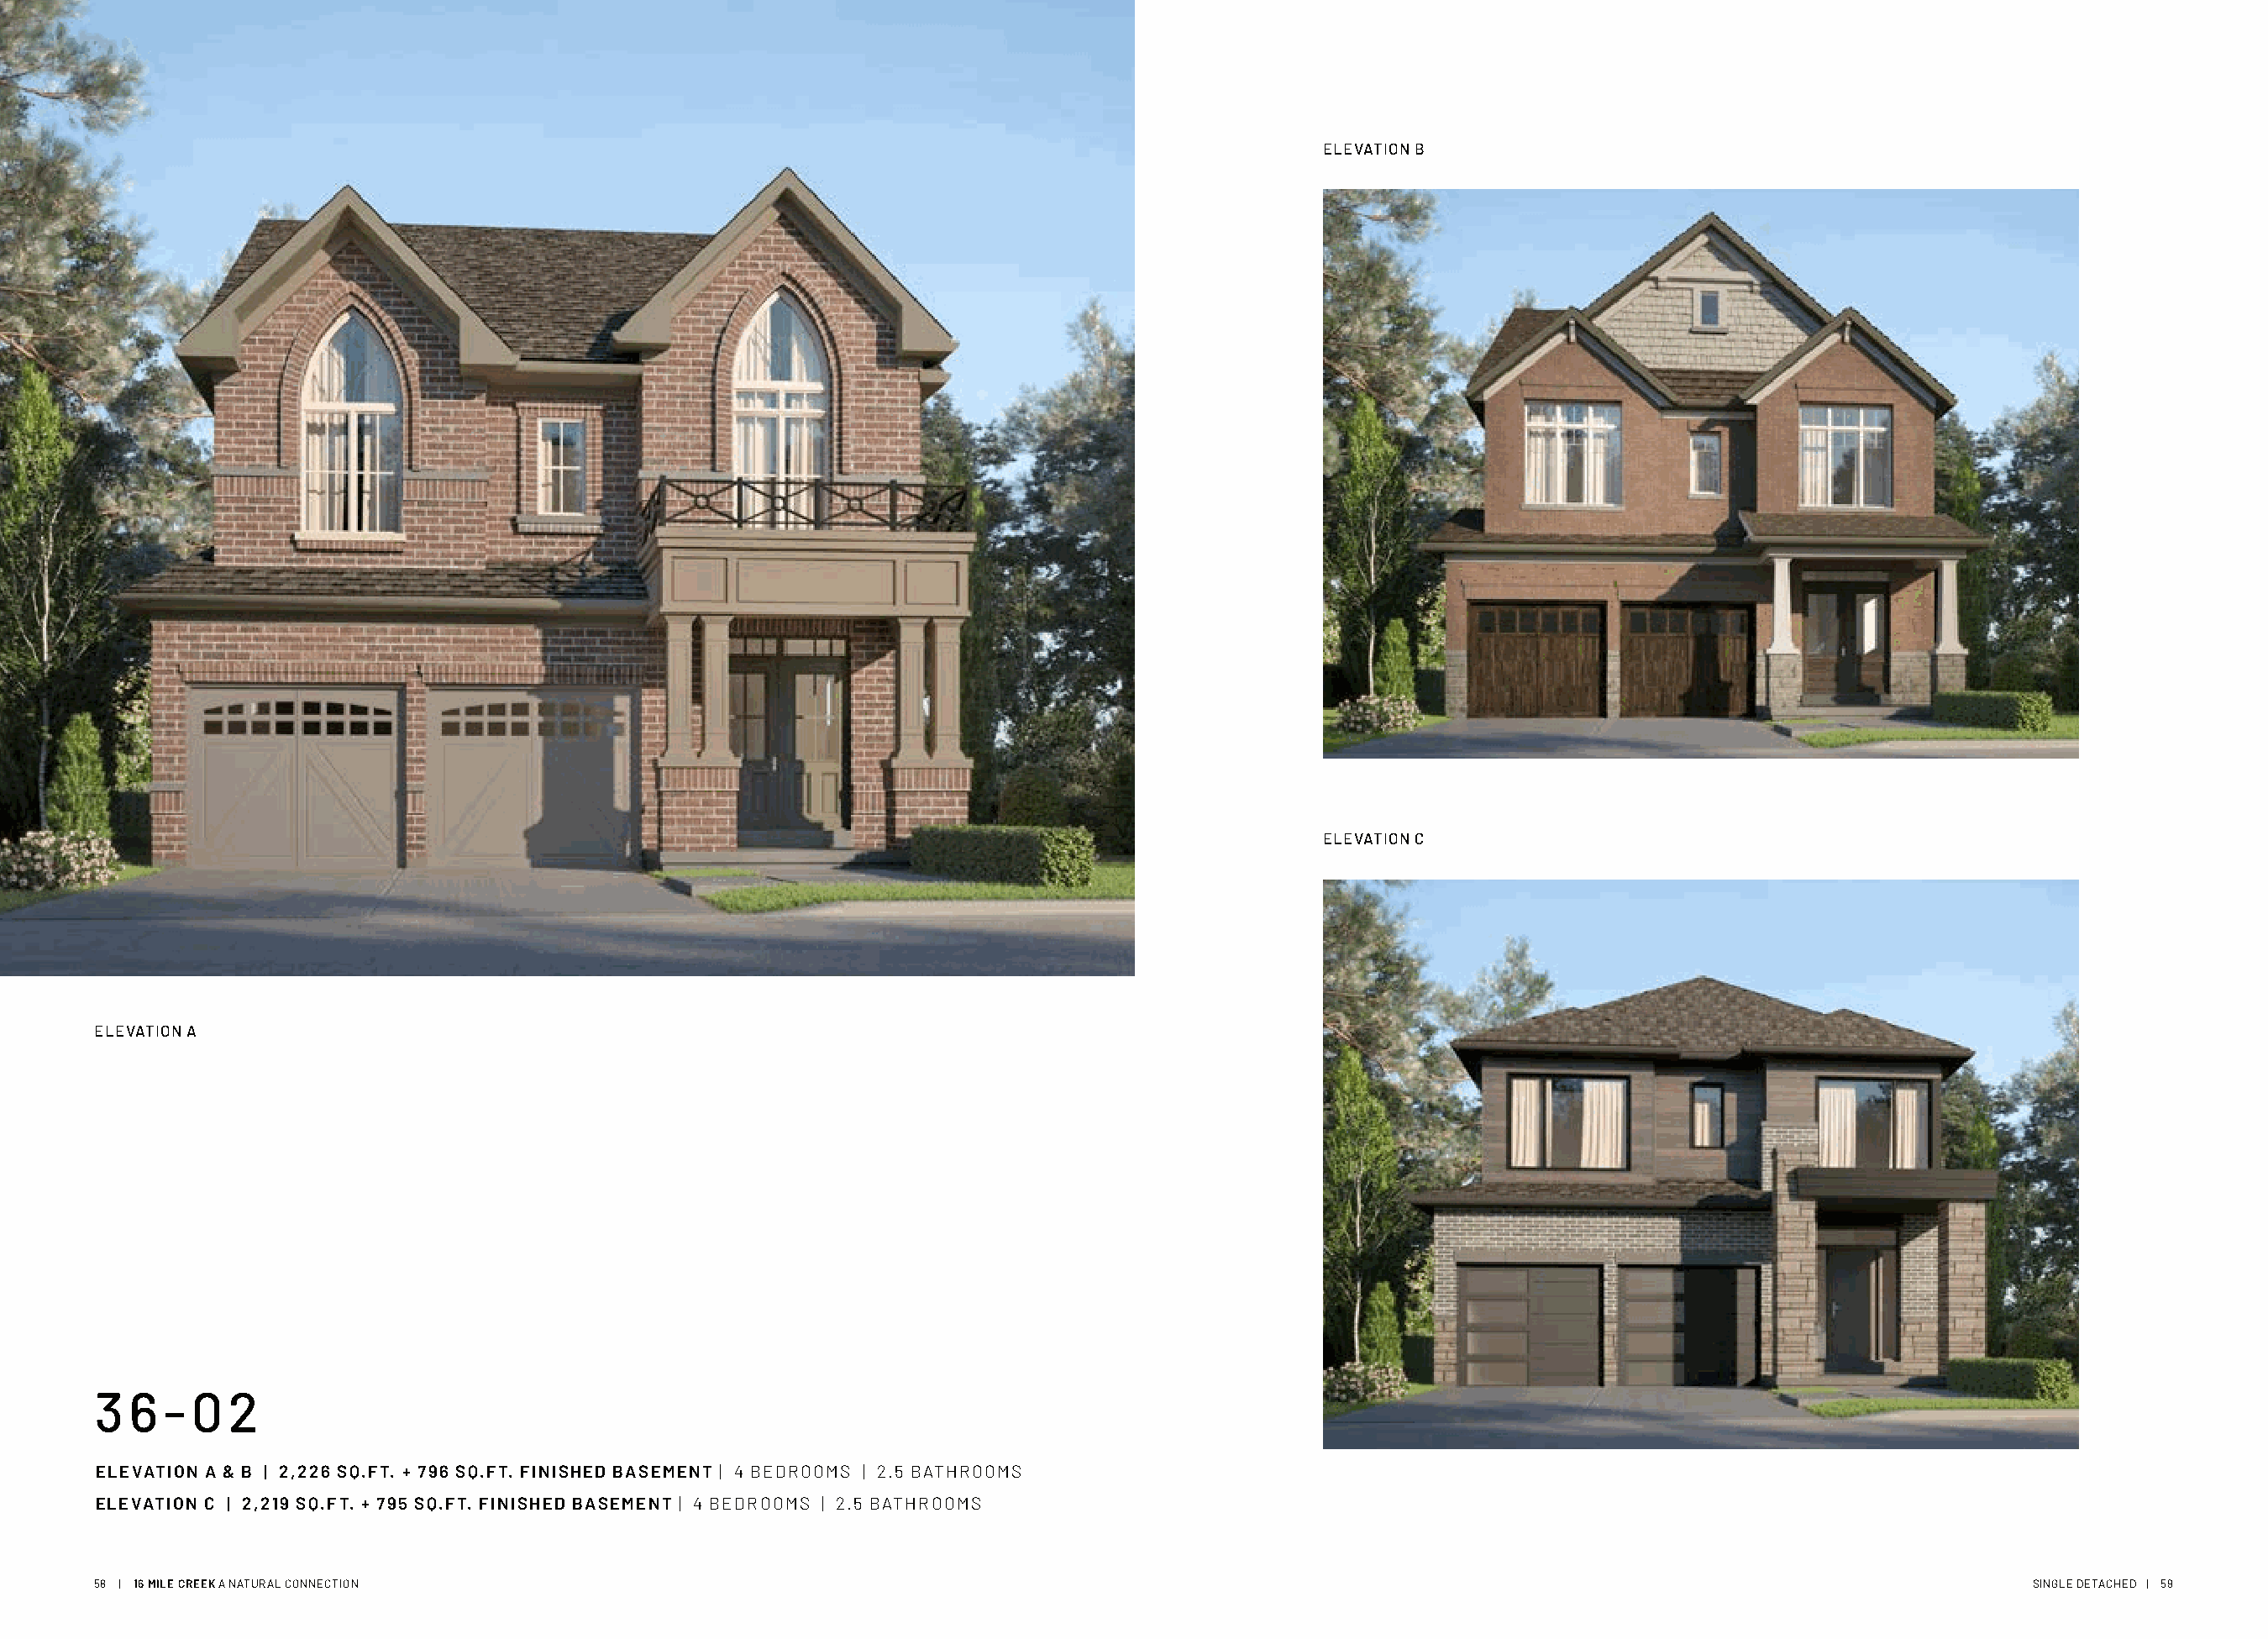
ELEVATION B
 ELEVATION C
 ELEVATION A
 3  6  - 0  2
 ELEVATION A & B | 2,226 SQ.FT. + 796 SQ.FT. FINISHED BASEMENT | 4 BEDROOMS | 2.5 BATHROOMS
 ELEVATION C | 2,219 SQ.FT. + 795 SQ.FT. FINISHED BASEMENT | 4 BEDROOMS | 2.5 BATHROOMS
 58 | 16 MILE CREEK A NATURAL CONNECTION                                                                                                                  SINGLE DETACHED | 59